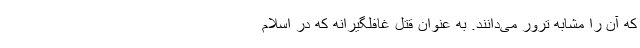
که آن را مشابه ترور می‌دانند. به عنوان قتل غافلگیرانه که در اسلام